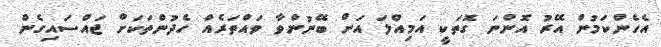
އެހެންކަމުން އޭރު އޮންނަ ގޮތަކީ އަމިއްލަ އަށް ބޭނުންވާ ވައްތަރެއް ހެދުންތަކަށް ޖައްސައިގެން